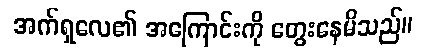
အက်ရှလေ၏ အကြောင်းကို တွေးနေမိသည်။